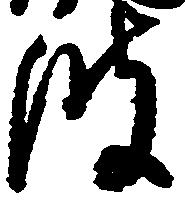
波